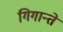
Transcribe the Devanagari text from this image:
गिगान्ते